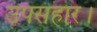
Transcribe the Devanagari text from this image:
उपसंहार।